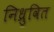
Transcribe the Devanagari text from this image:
निध्रुवित